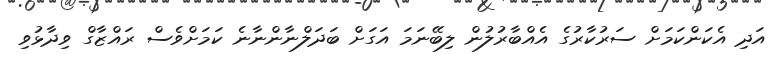
އަދި އެކަންކަމަށް ސަރުކާރުގެ އެއްބާރުލުން ލިބޭނަމަ އަގަށް ބަދަލްނާންނާނެ ކަމަށްވެސް ރައްޒާގް ވިދާޅުވި